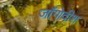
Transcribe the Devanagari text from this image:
जॉगोदीश